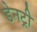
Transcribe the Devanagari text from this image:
डेनट्री